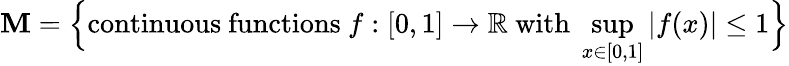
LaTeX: \mathbf{M}={\Big\{ }{\mathrm{{continuous~functions~}}}f:[0,1]\to\mathbb{{R}}{\mathrm{{~with~}}}\operatorname*{sup}_{x\in[0,1]}|f(x)|\leq1{\Big\} }